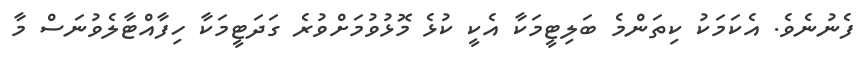
ފެނުނެވެ. އެކަމަކު ކިތަންމެ ބަލިޓީމަކާ އެކީ ކުޅެ މޮޅުވުމަށްވުރެ ގަދަޓީމަކާ ހިފާއްޓާލެވުނަސް މާ